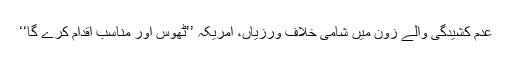
عدم کشیدگی والے زون میں شامی خلاف ورزیاں، امریکہ ’’ٹھوس اور مناسب اقدام کرے گا‘‘